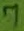
Text: 7